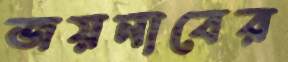
জয়নাবের